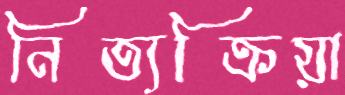
নিত্যক্রিয়া